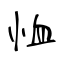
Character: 恤